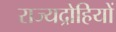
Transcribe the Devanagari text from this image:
राज्यद्रोहियों